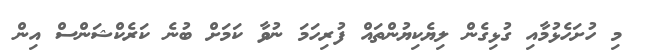
މި ހުށަހެޅުމާއި ގުޅިގެން ލިޔެކިޔުންތައް ފުރިހަމަ ނުވާ ކަމަށް ބުނެ ކަރެކްޝަންސް އިން